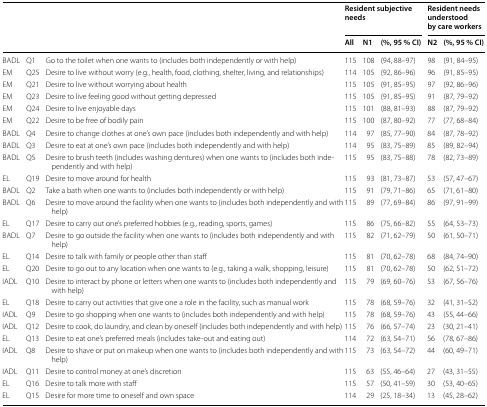
<table><thead><tr><td rowspan="2" colspan="3"></td><td colspan="3"><b>Resident subjective needs</b></td><td colspan="2"><b>Resident needs understood by care workers</b></td></tr><tr><td><b>All</b></td><td><b>N1</b></td><td><b>(%, 95 % CI)</b></td><td><b>N2</b></td><td><b>(%, 95 % CI)</b></td></tr></thead><tbody><tr><td>BADL</td><td>Q1</td><td>Go to the toilet when one wants to (includes both independently or with help)</td><td>115</td><td>108</td><td>(94, 88–97)</td><td>98</td><td>(91, 84–95)</td></tr><tr><td>EM</td><td>Q25</td><td>Desire to live without worry (e.g., health, food, clothing, shelter, living, and relationships)</td><td>114</td><td>105</td><td>(92, 86–96)</td><td>96</td><td>(91, 85–95)</td></tr><tr><td>EM</td><td>Q21</td><td>Desire to live without worrying about health</td><td>115</td><td>105</td><td>(91, 85–95)</td><td>97</td><td>(92, 86–96)</td></tr><tr><td>EM</td><td>Q23</td><td>Desire to live feeling good without getting depressed</td><td>115</td><td>105</td><td>(91, 85–95)</td><td>91</td><td>(87, 79–92)</td></tr><tr><td>EM</td><td>Q24</td><td>Desire to live enjoyable days</td><td>115</td><td>101</td><td>(88, 81–93)</td><td>88</td><td>(87, 79–92)</td></tr><tr><td>EM</td><td>Q22</td><td>Desire to be free of bodily pain</td><td>115</td><td>100</td><td>(87, 80–92)</td><td>77</td><td>(77, 68–84)</td></tr><tr><td>BADL</td><td>Q4</td><td>Desire to change clothes at one’s own pace (includes both independently and with help)</td><td>114</td><td>97</td><td>(85, 77–90)</td><td>84</td><td>(87, 78–92)</td></tr><tr><td>BADL</td><td>Q3</td><td>Desire to eat at one’s own pace (includes both independently and with help)</td><td>114</td><td>95</td><td>(83, 75–89)</td><td>85</td><td>(89, 82–94)</td></tr><tr><td>BADL</td><td>Q5</td><td>Desire to brush teeth (includes washing dentures) when one wants to (includes both independently and with help)</td><td>115</td><td>95</td><td>(83, 75–88)</td><td>78</td><td>(82, 73–89)</td></tr><tr><td>EL</td><td>Q19</td><td>Desire to move around for health</td><td>115</td><td>93</td><td>(81, 73–87)</td><td>53</td><td>(57, 47–67)</td></tr><tr><td>BADL</td><td>Q2</td><td>Take a bath when one wants to (includes both independently or with help)</td><td>115</td><td>91</td><td>(79, 71–86)</td><td>65</td><td>(71, 61–80)</td></tr><tr><td>BADL</td><td>Q6</td><td>Desire to move around the facility when one wants to (includes both independently and with help)</td><td>115</td><td>89</td><td>(77, 69–84)</td><td>86</td><td>(97, 91–99)</td></tr><tr><td>EL</td><td>Q17</td><td>Desire to carry out one’s preferred hobbies (e.g., reading, sports, games)</td><td>115</td><td>86</td><td>(75, 66–82)</td><td>55</td><td>(64, 53–73)</td></tr><tr><td>BADL</td><td>Q7</td><td>Desire to go outside the facility when one wants to (includes both independently and with help)</td><td>115</td><td>82</td><td>(71, 62–79)</td><td>50</td><td>(61, 50–71)</td></tr><tr><td>EL</td><td>Q14</td><td>Desire to talk with family or people other than staff</td><td>115</td><td>81</td><td>(70, 62–78)</td><td>68</td><td>(84, 74–90)</td></tr><tr><td>EL</td><td>Q20</td><td>Desire to go out to any location when one wants to (e.g., taking a walk, shopping, leisure)</td><td>115</td><td>81</td><td>(70, 62–78)</td><td>50</td><td>(62, 51–72)</td></tr><tr><td>IADL</td><td>Q10</td><td>Desire to interact by phone or letters when one wants to (includes both independently and with help)</td><td>115</td><td>79</td><td>(69, 60–76)</td><td>53</td><td>(67, 56–76)</td></tr><tr><td>EL</td><td>Q18</td><td>Desire to carry out activities that give one a role in the facility, such as manual work</td><td>115</td><td>78</td><td>(68, 59–76)</td><td>32</td><td>(41, 31–52)</td></tr><tr><td>IADL</td><td>Q9</td><td>Desire to go shopping when one wants to (includes both independently and with help)</td><td>115</td><td>78</td><td>(68, 59–76)</td><td>43</td><td>(55, 44–66)</td></tr><tr><td>IADL</td><td>Q12</td><td>Desire to cook, do laundry, and clean by oneself (includes both independently and with help)</td><td>115</td><td>76</td><td>(66, 57–74)</td><td>23</td><td>(30, 21–41)</td></tr><tr><td>EL</td><td>Q13</td><td>Desire to eat one’s preferred meals (includes take-out and eating out)</td><td>114</td><td>72</td><td>(63, 54–71)</td><td>56</td><td>(78, 67–86)</td></tr><tr><td>IADL</td><td>Q8</td><td>Desire to shave or put on makeup when one wants to (includes both independently and with help)</td><td>115</td><td>73</td><td>(63, 54–72)</td><td>44</td><td>(60, 49–71)</td></tr><tr><td>IADL</td><td>Q11</td><td>Desire to control money at one’s discretion</td><td>115</td><td>63</td><td>(55, 46–64)</td><td>27</td><td>(43, 31–55)</td></tr><tr><td>EL</td><td>Q16</td><td>Desire to talk more with staff</td><td>115</td><td>57</td><td>(50, 41–59)</td><td>30</td><td>(53, 40–65)</td></tr><tr><td>EL</td><td>Q15</td><td>Desire for more time to oneself and own space</td><td>114</td><td>29</td><td>(25, 18–34)</td><td>13</td><td>(45, 28–62)</td></tr></tbody></table>